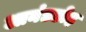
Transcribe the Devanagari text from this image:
आनंडडोह